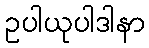
ဥပါယုပါဒါနာ